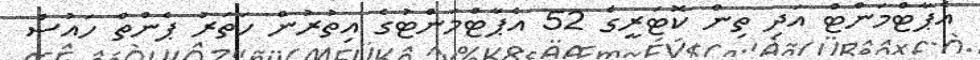
އެޕާޓްމަންޓް އަދި ތިން ކޮޓަރީގެ 52 އެޕާޓްމަންޓުގެ އިތުރުން ހަތަރު ޕެންތް ހައުސް